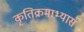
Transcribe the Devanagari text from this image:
कृतिक्रमाभ्यास